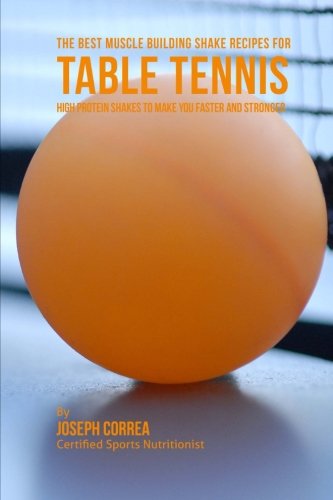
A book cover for The Best Muscle Building Shake Recipes for Table Tennis: High Protein Shakes to Make You Faster and Stronger; Joseph Correa (Certified Sports Nutritionist); Sports & Outdoors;